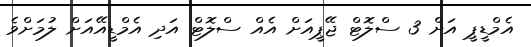
އެމްޑީޕީ އަށް 3 ސްލޮޓް ޖޭޕީއަށް އެއް ސްލޮޓް އަދި އެމްޑީއޭއަށް ލުމަށްވެ